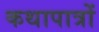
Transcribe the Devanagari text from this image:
कथापात्रों